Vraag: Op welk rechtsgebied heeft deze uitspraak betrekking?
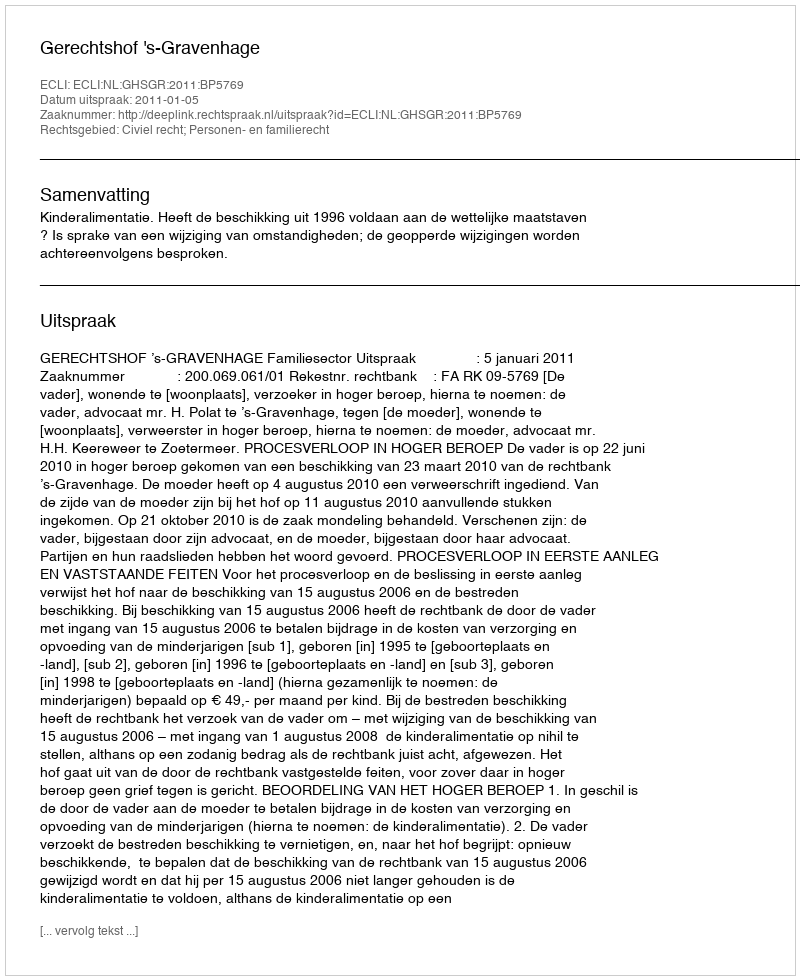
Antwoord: Civiel recht; Personen- en familierecht